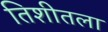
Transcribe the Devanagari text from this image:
तिशीतला